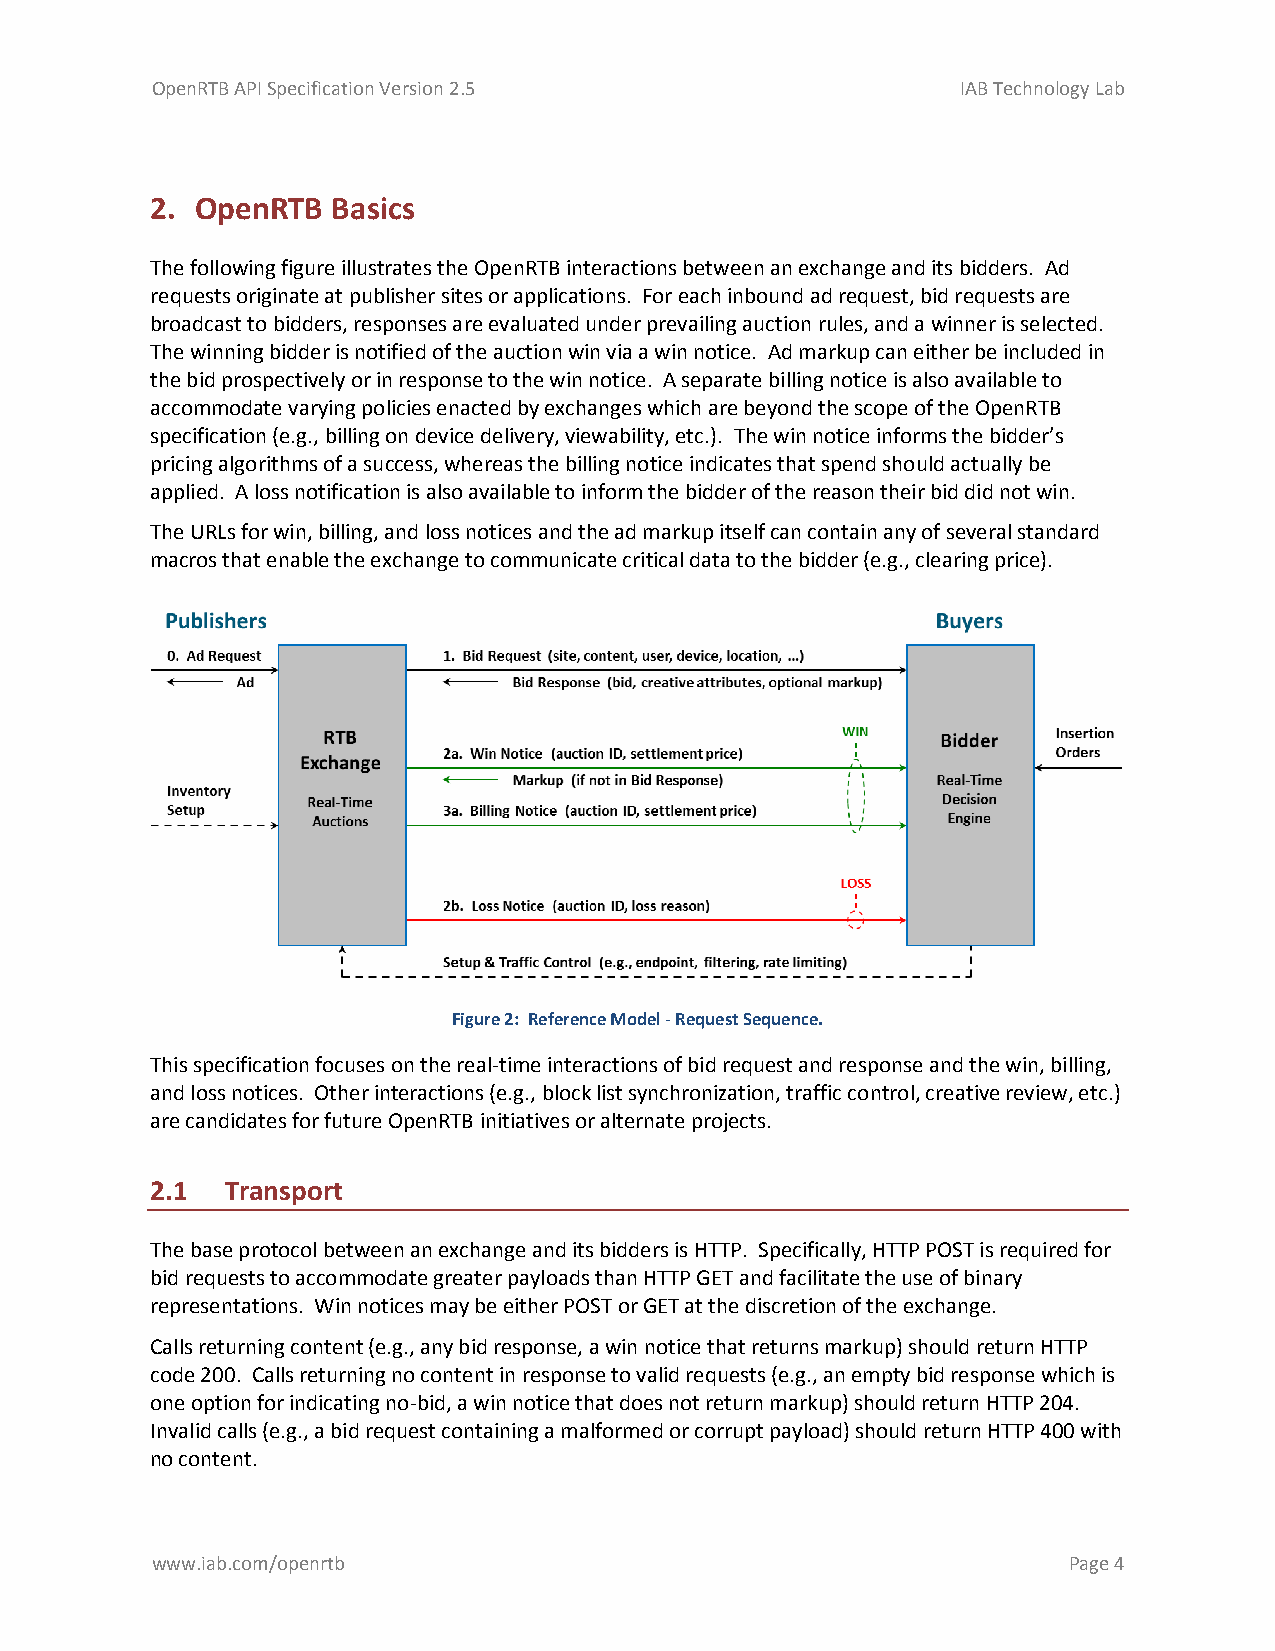
OpenRTB API Specification Version 2.5                 IAB Technology Lab
 2. OpenRTB  Basics
 The following figure illustrates the OpenRTB interactions between an exchange and its bidders. Ad
 requests originate at publisher sites or applications. For each inbound ad request, bid requests are
 broadcast to bidders, responses are evaluated under prevailing auction rules, and a winner is selected.
 The winning bidder is notified of the auction win via a win notice. Ad markup can either be included in
 the bid prospectively or in response to the win notice. A separate billing notice is also available to
 accommodate varying policies enacted by exchanges which are beyond the scope of the OpenRTB
 specification (e.g., billing on device delivery, viewability, etc.). The win notice informs the bidder’s
 pricing algorithms of a success, whereas the billing notice indicates that spend should actually be
 applied. A loss notification is also available to inform the bidder of the reason their bid did not win.
 The URLs for win, billing, and loss notices and the ad markup itself can contain any of several standard
 macros that enable the exchange to communicate critical data to the bidder (e.g., clearing price).
 Figure 2: Reference Model - Request Sequence.
 This specification focuses on the real-time interactions of bid request and response and the win, billing,
 and loss notices. Other interactions (e.g., block list synchronization, traffic control, creative review, etc.)
 are candidates for future OpenRTB initiatives or alternate projects.
 2.1  Transport
 The base protocol between an exchange and its bidders is HTTP. Specifically, HTTP POST is required for
 bid requests to accommodate greater payloads than HTTP GET and facilitate the use of binary
 representations. Win notices may be either POST or GET at the discretion of the exchange.
 Calls returning content (e.g., any bid response, a win notice that returns markup) should return HTTP
 code 200. Calls returning no content in response to valid requests (e.g., an empty bid response which is
 one option for indicating no-bid, a win notice that does not return markup) should return HTTP 204.
 Invalid calls (e.g., a bid request containing a malformed or corrupt payload) should return HTTP 400 with
 no content.
 www.iab.com/openrtb                                          Page 4